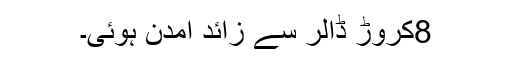
8کروڑ ڈالر سے زائد آمدن ہوئی۔